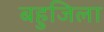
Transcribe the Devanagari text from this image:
बहुजिला